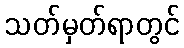
သတ်မှတ်ရာတွင်